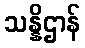
သန္နိဌာန်